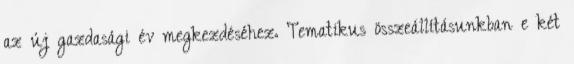
az új gazdasági év megkezdéséhez. Tematikus összeállításunkban e két